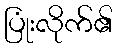
ပြုံးလိုက်၏